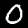
Label: 0